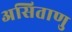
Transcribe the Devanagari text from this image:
असिताणु